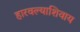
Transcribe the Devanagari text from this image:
हारवल्याशिवाय